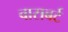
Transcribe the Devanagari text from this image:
वासबर्ट